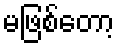
မဖြစ်တော့